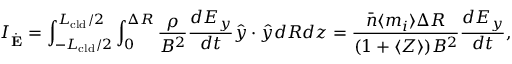
I _ { \dot { \mathbf { E } } } = \int _ { - L _ { \mathrm { c l d } } / 2 } ^ { L _ { \mathrm { c l d } } / 2 } \int _ { 0 } ^ { \Delta R } \frac { \rho } { B ^ { 2 } } \frac { d E _ { y } } { d t } \hat { y } \cdot \hat { y } d R d z = \frac { \bar { n } \langle m _ { i } \rangle \Delta R } { ( 1 + \langle Z \rangle ) B ^ { 2 } } \frac { d E _ { y } } { d t } ,